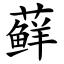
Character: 藓